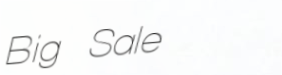
Big Sale